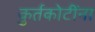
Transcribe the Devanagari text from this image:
कुर्तकोटींना